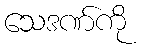
သေဒဏ်ကို